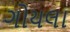
ગોયલા